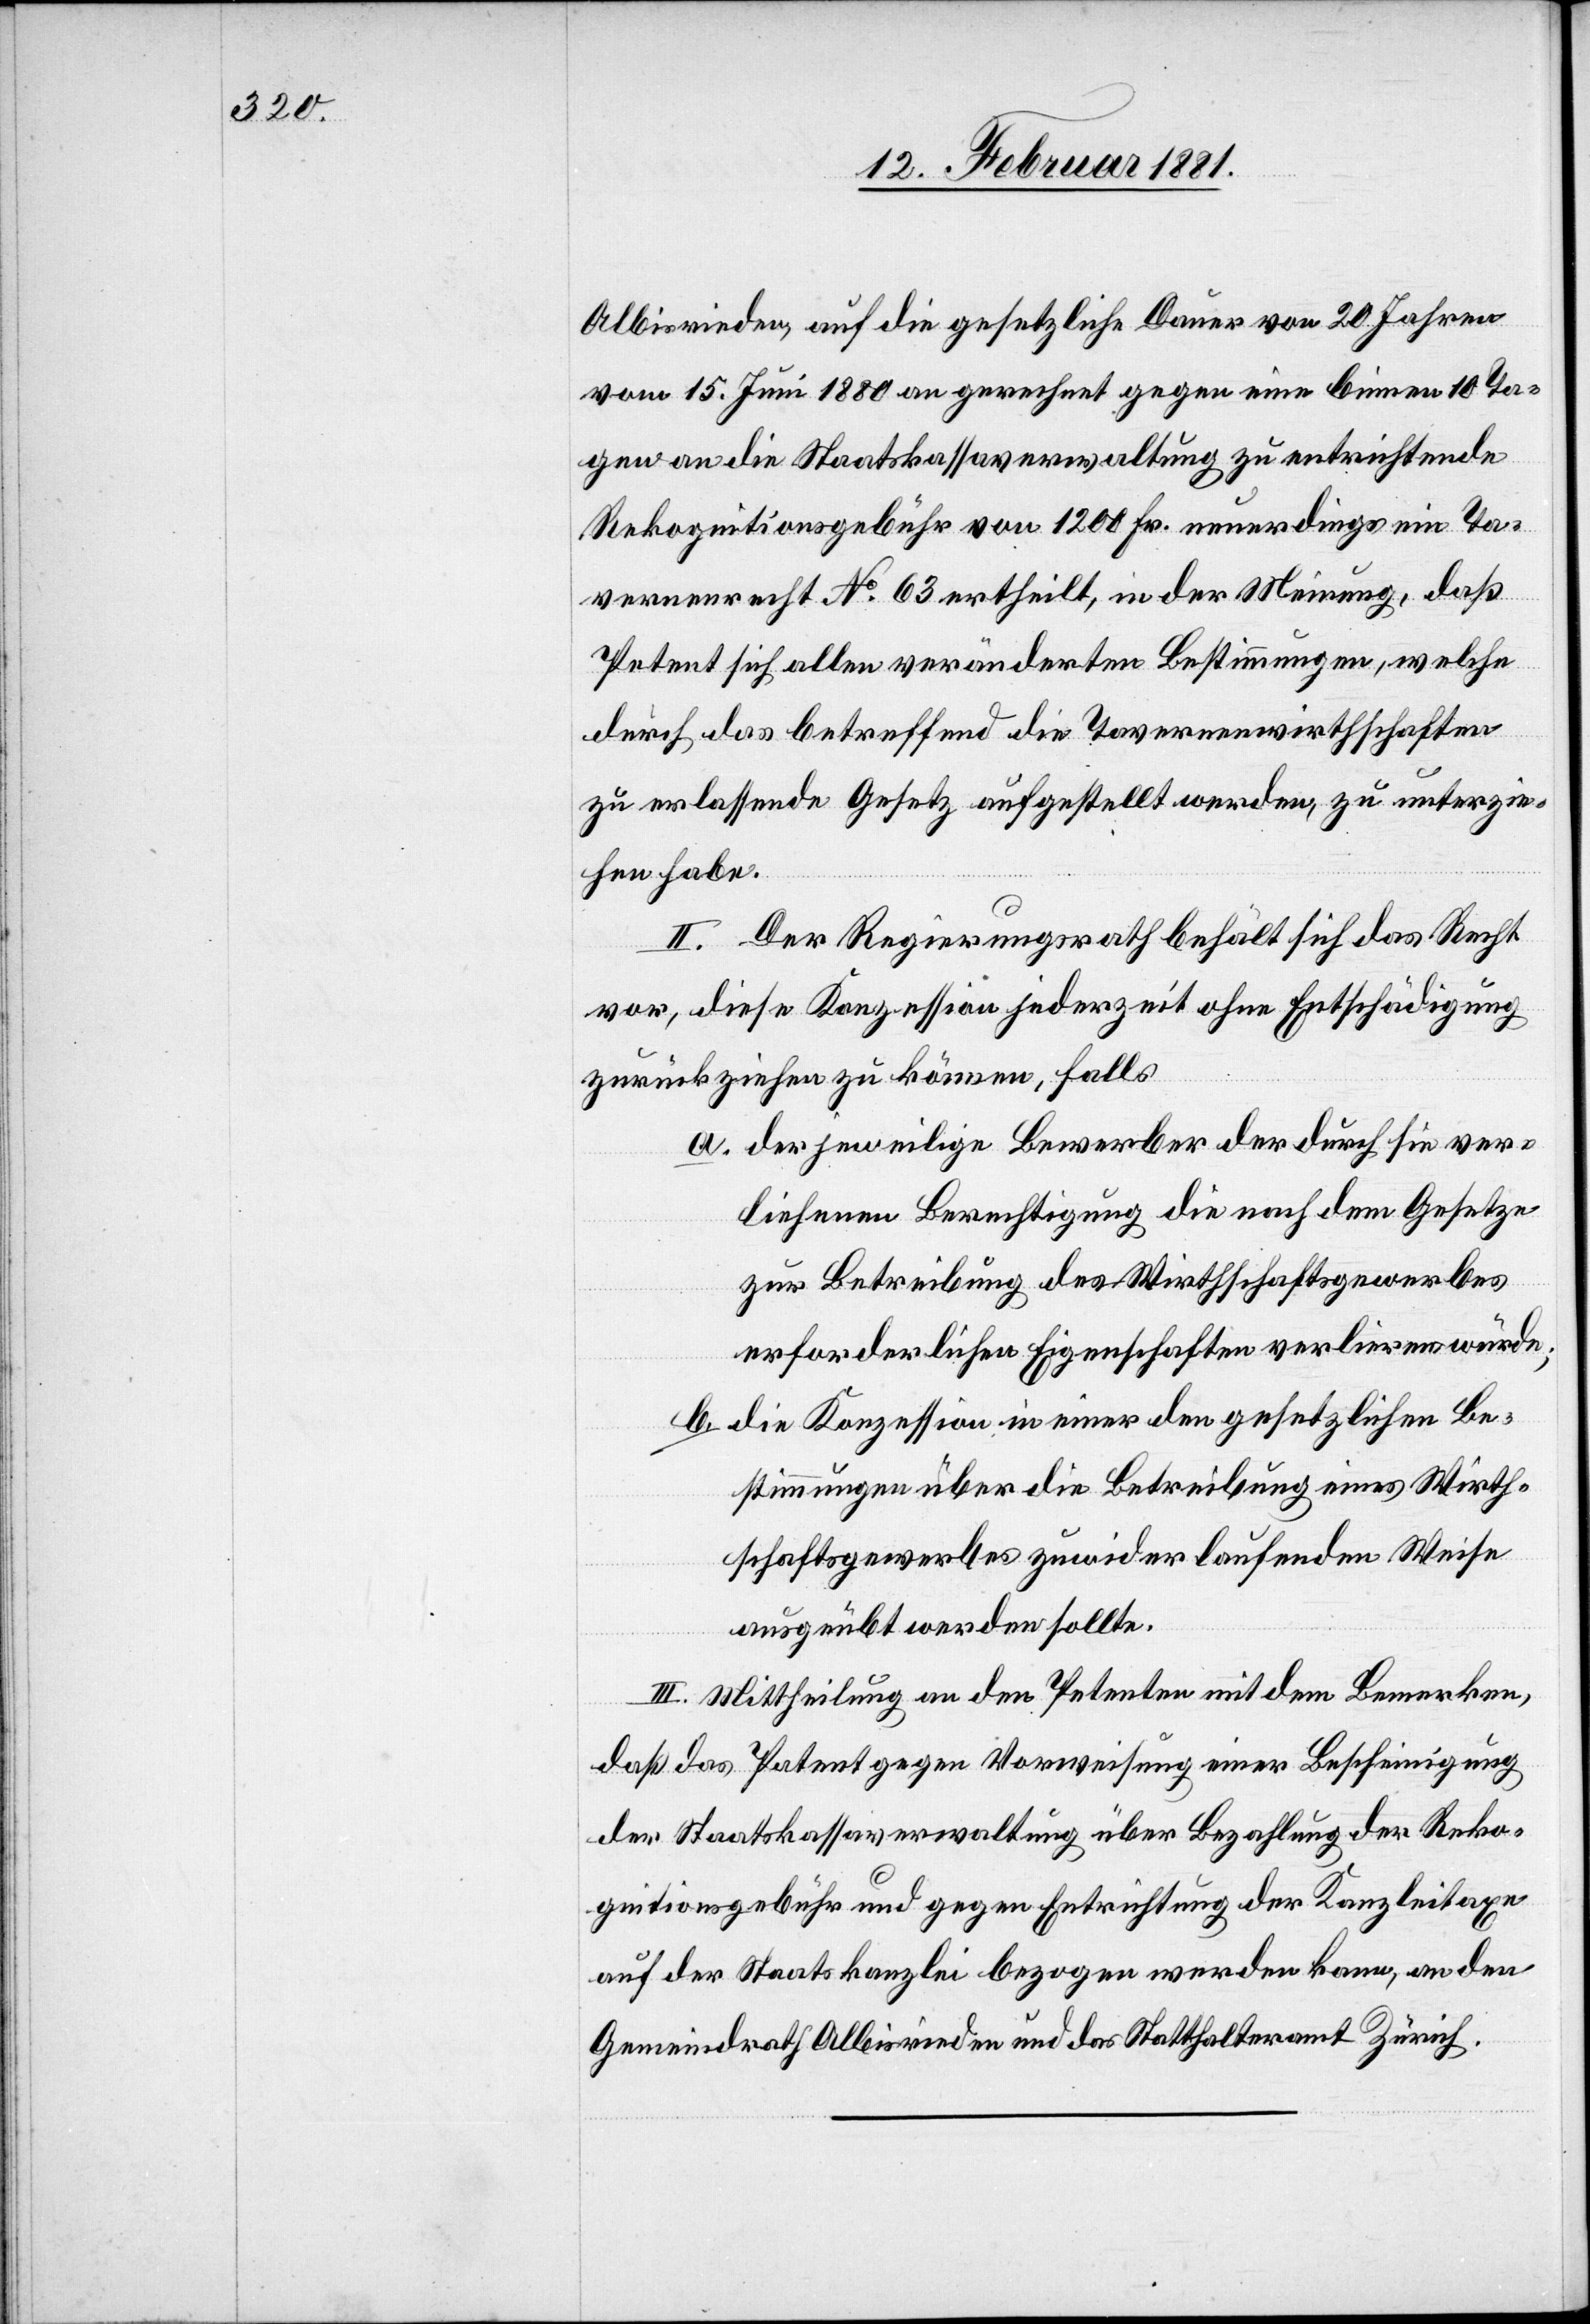
Albisrieden, auf die gesetzliche Dauer von 20 Jahren
vom 15. Juni 1880 an gerechnet gegen eine binnen 10 Ta¬
gen an die Staatskassaverwaltung zu entrichtende
Rekognitionsgebühr von 1200 Fr. neuerdings ein Ta¬
vernenrecht No 63 ertheilt, in der Meinung, daß
Petent sich allen veränderten Bestimmungen, welche
durch das betreffend die Tavernenwirthschaften
zu erlassende Gesetz aufgestellt werden, zu unterzie¬
hen habe.
II. Der Regierungsrath behält sich das Recht
vor, diese Konzession jederzeit ohne Entschädigung
zurückziehen zu können, falls
a. der jeweilige Bewerber der durch sie ver¬
liehenen Berechtigung die nach dem Gesetze
zur Betreibung des Wirthschaftsgewerbes
erforderlichen Eigenschaften verlieren würde;
b. die Konzession in einer den gesetzlichen Be¬
stimmungen über die Betreibung eines Wirth¬
schaftsgewerbes zuwiderlaufenden Wiese
ausgeübt werden sollte.
III. Mittheilung an den Petenten mit dem Bemerken,
daß das Patent gegen Vorweisung einer Bescheinigung
der Staatskassaverwaltung über Bezahlung der Reko¬
gnitionsgebühr und gegen Entrichtung der Kanzleitaxe
auf der Staatskanzlei bezogen werden kann, an den
Gemeindrath Albisrieden und das Statthalteramt Zürich.